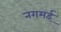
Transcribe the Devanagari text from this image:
नगमई